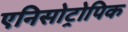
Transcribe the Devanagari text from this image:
एनिसोट्रोपिक